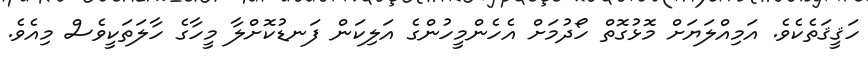
ހަޤީޤަތެކެވެ. އަމިއްލަޔަށް މޮޅުގޮތް ހޯދުމަށް އެހެންމީހުންގެ އަލިކަން ފަނޑުކޮށްލާ މީހާގެ ހާލަތަކީވެސް މިއެވެ.